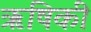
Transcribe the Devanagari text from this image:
ऋषिकी